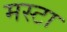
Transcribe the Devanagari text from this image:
मस्टा